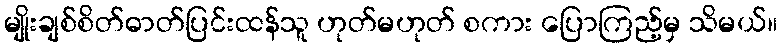
မျိုးချစ်စိတ်ဓာတ်ပြင်းထန်သူ ဟုတ်မဟုတ် စကား ပြောကြည့်မှ သိမယ်။